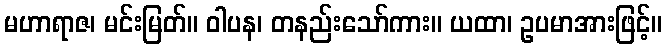
မဟာရာဇ၊ မင်းမြတ်။ ဝါပန၊ တနည်းသော်ကား။ ယထာ၊ ဥပမာအားဖြင့်။